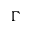
\Gamma